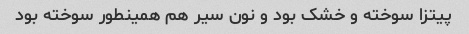
پیتزا سوخته و خشک بود و نون سیر هم همینطور سوخته بود